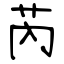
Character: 芮